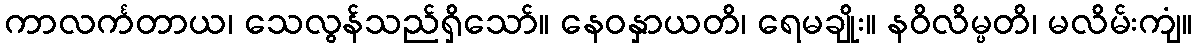
ကာလင်္ကတာယ၊ သေလွန်သည်ရှိသော်။ နေဝနှာယတိ၊ ရေမချိုး။ နဝိလိမ္ပတိ၊ မလိမ်းကျံ။